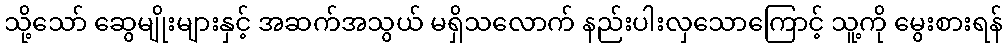
သို့သော် ဆွေမျိုးများနှင့် အဆက်အသွယ် မရှိသလောက် နည်းပါးလှသောကြောင့် သူ့ကို မွေးစားရန်